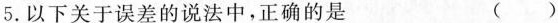
5.以下关于误差的说法中，正确的是 ()